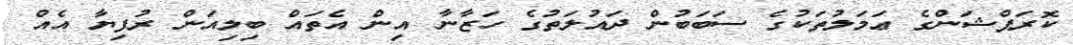
ކޮރަޕްޝަންގެ ޢަމަލުތަކުގެ ސަބަބުން ދައުލަތުގެ ހަޒާނާ އިން އެތައް ބިލިއަން ރުފިޔާ އެއް